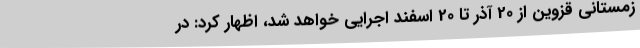
زمستانی قزوین از 20 آذر تا 20 اسفند اجرایی خواهد شد، اظهار کرد: در